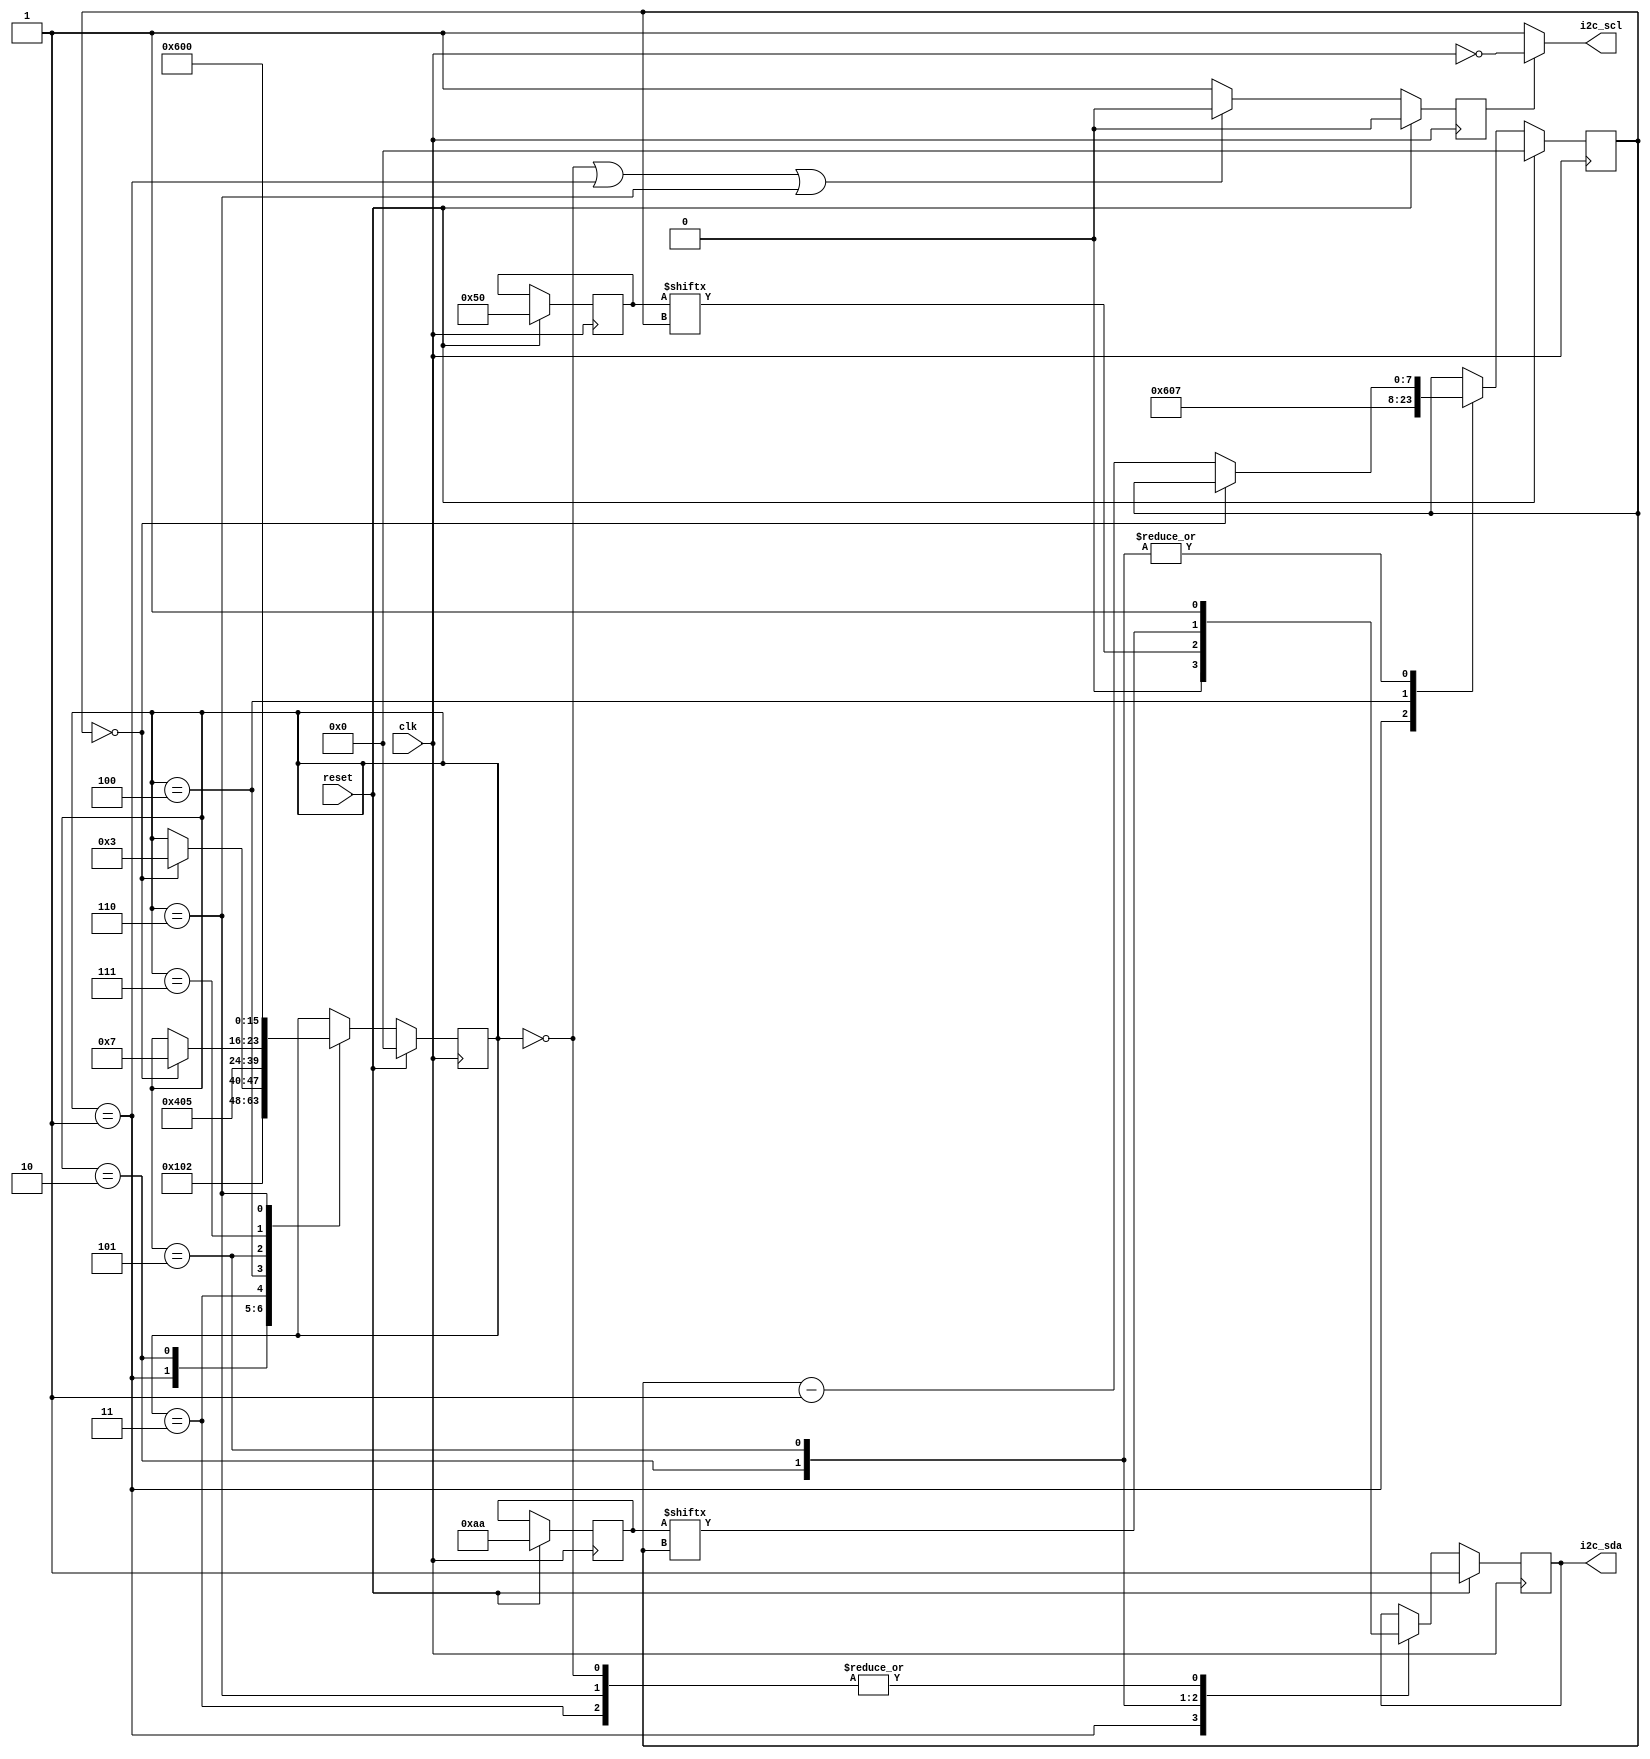
`timescale 1ns / 1ps

module master (
	input wire clk,
	input wire reset,

	output reg i2c_sda,
	output wire i2c_scl
);

localparam STATE_IDLE = 0;
localparam STATE_START = 1;
localparam STATE_ADDR = 2;
localparam STATE_RW = 3;
localparam STATE_WAIT_ACK = 4;
localparam STATE_DATA = 5;
localparam STATE_STOP = 6;
localparam STATE_WAIT_ACK2 = 7;

reg [7:0] state;
reg [6:0] address; // slave device address
reg [7:0] data;    // data to send

reg [7:0] count;

reg i2c_scl_enable = 0;

assign i2c_scl = (i2c_scl_enable == 0) ? 1 : ~clk;

always @(negedge clk) begin
	if (reset == 1) begin
		i2c_scl_enable <= 0;
	end
	else begin

		if ((state == STATE_IDLE) || (state == STATE_START) || (state == STATE_STOP)) begin
			i2c_scl_enable <= 0;
		end
		else begin
			i2c_scl_enable <= 1;
		end

	end
end

always @(posedge clk) begin
	if (reset == 1) begin
		state <= 0;
		i2c_sda <= 1;

		address = 7'h50;
		data = 8'haa;
		
		count = 8'd0;
	end
	else begin
		case (state)

			STATE_IDLE: begin // idle
				i2c_sda <= 1;
				state <= STATE_START;
			end

			STATE_START: begin // start
				i2c_sda <= 0;
				state <= STATE_ADDR;
				count <= 6; // for sending 7 bits of address in next state
			end

			STATE_ADDR: begin // msb of address
				#(0.5) i2c_sda <= address[count];
				if (count == 0) state <= STATE_RW;
				else count <= count - 1;
			end
			
			STATE_RW: begin 
				#(0.5) i2c_sda <= 1; // write
				state <= STATE_WAIT_ACK;
			end

			STATE_WAIT_ACK: begin
				// TODO: complication - how to read sda, currently set as an
				// output line?
				state <= STATE_DATA;

				count <= 7;
			end

			STATE_DATA: begin
				#(0.5) i2c_sda <= data[count];
				if (count == 0) state <= STATE_WAIT_ACK2;
				else count <= count - 1;
			end

			STATE_WAIT_ACK2: begin
				// TODO: same as STATE_WAIT_ACK
				state <= STATE_STOP;
			end

			STATE_STOP: begin
				i2c_sda <= 1; // stop
				state <= STATE_IDLE;
			end

		endcase
	end
end

endmodule


/*
module testbench;
	// inputs
	reg clk;
	reg reset;

	// outputs
	wire i2c_sda;
	wire i2c_scl;

	// instantiate the unit under test (UUT)
	master uut (
		.clk(clk),
		.reset(reset),
		.i2c_sda(i2c_sda),
		.i2c_scl(i2c_scl)
	);

	initial begin
		clk = 0;

		forever begin
			clk = #1 ~clk;
		end
	end

	initial begin
		// initialize inputs
		reset = 1;

		// wait 100ns for global reset to finish
		#10

		// add stimulus here
		reset = 0;

		#100;

		$dumpfile("dump.vcd"); $dumpvars;
		$finish;
	end

endmodule;
*/